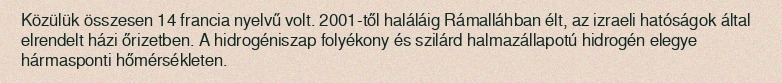
Közülük összesen 14 francia nyelvű volt. 2001-től haláláig Rámalláhban élt, az izraeli hatóságok által elrendelt házi őrizetben. A hidrogéniszap folyékony és szilárd halmazállapotú hidrogén elegye hármasponti hőmérsékleten.